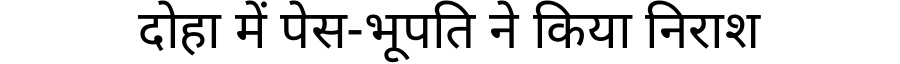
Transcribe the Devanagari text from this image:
दोहा में पेस-भूपति ने किया निराश